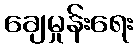
ချေမှုန်းရေး